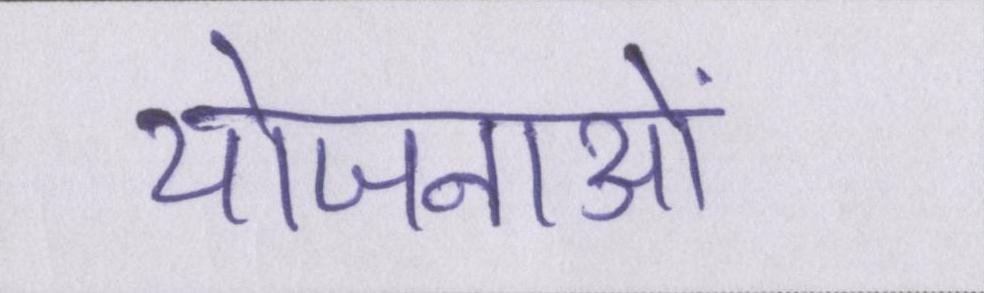
योजनाओं